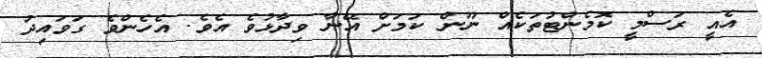
އެއީ ރަސްމީ ކޮމެންޓުތަކެއް ނޫން ކަމަށް އޭނާ ވިދާޅުވެ އެވެ. އެހެންވެ ގަވައިދު